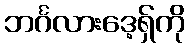
ဘင်္ဂလားဒေ့ရှ်ကို